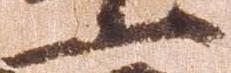
一